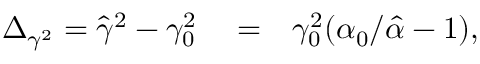
\begin{array} { r l r } { \Delta _ { \gamma ^ { 2 } } = \hat { \gamma } ^ { 2 } - \gamma _ { 0 } ^ { 2 } } & { { } = } & { \gamma _ { 0 } ^ { 2 } ( \alpha _ { 0 } / \hat { \alpha } - 1 ) , } \end{array}